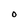
Character: O